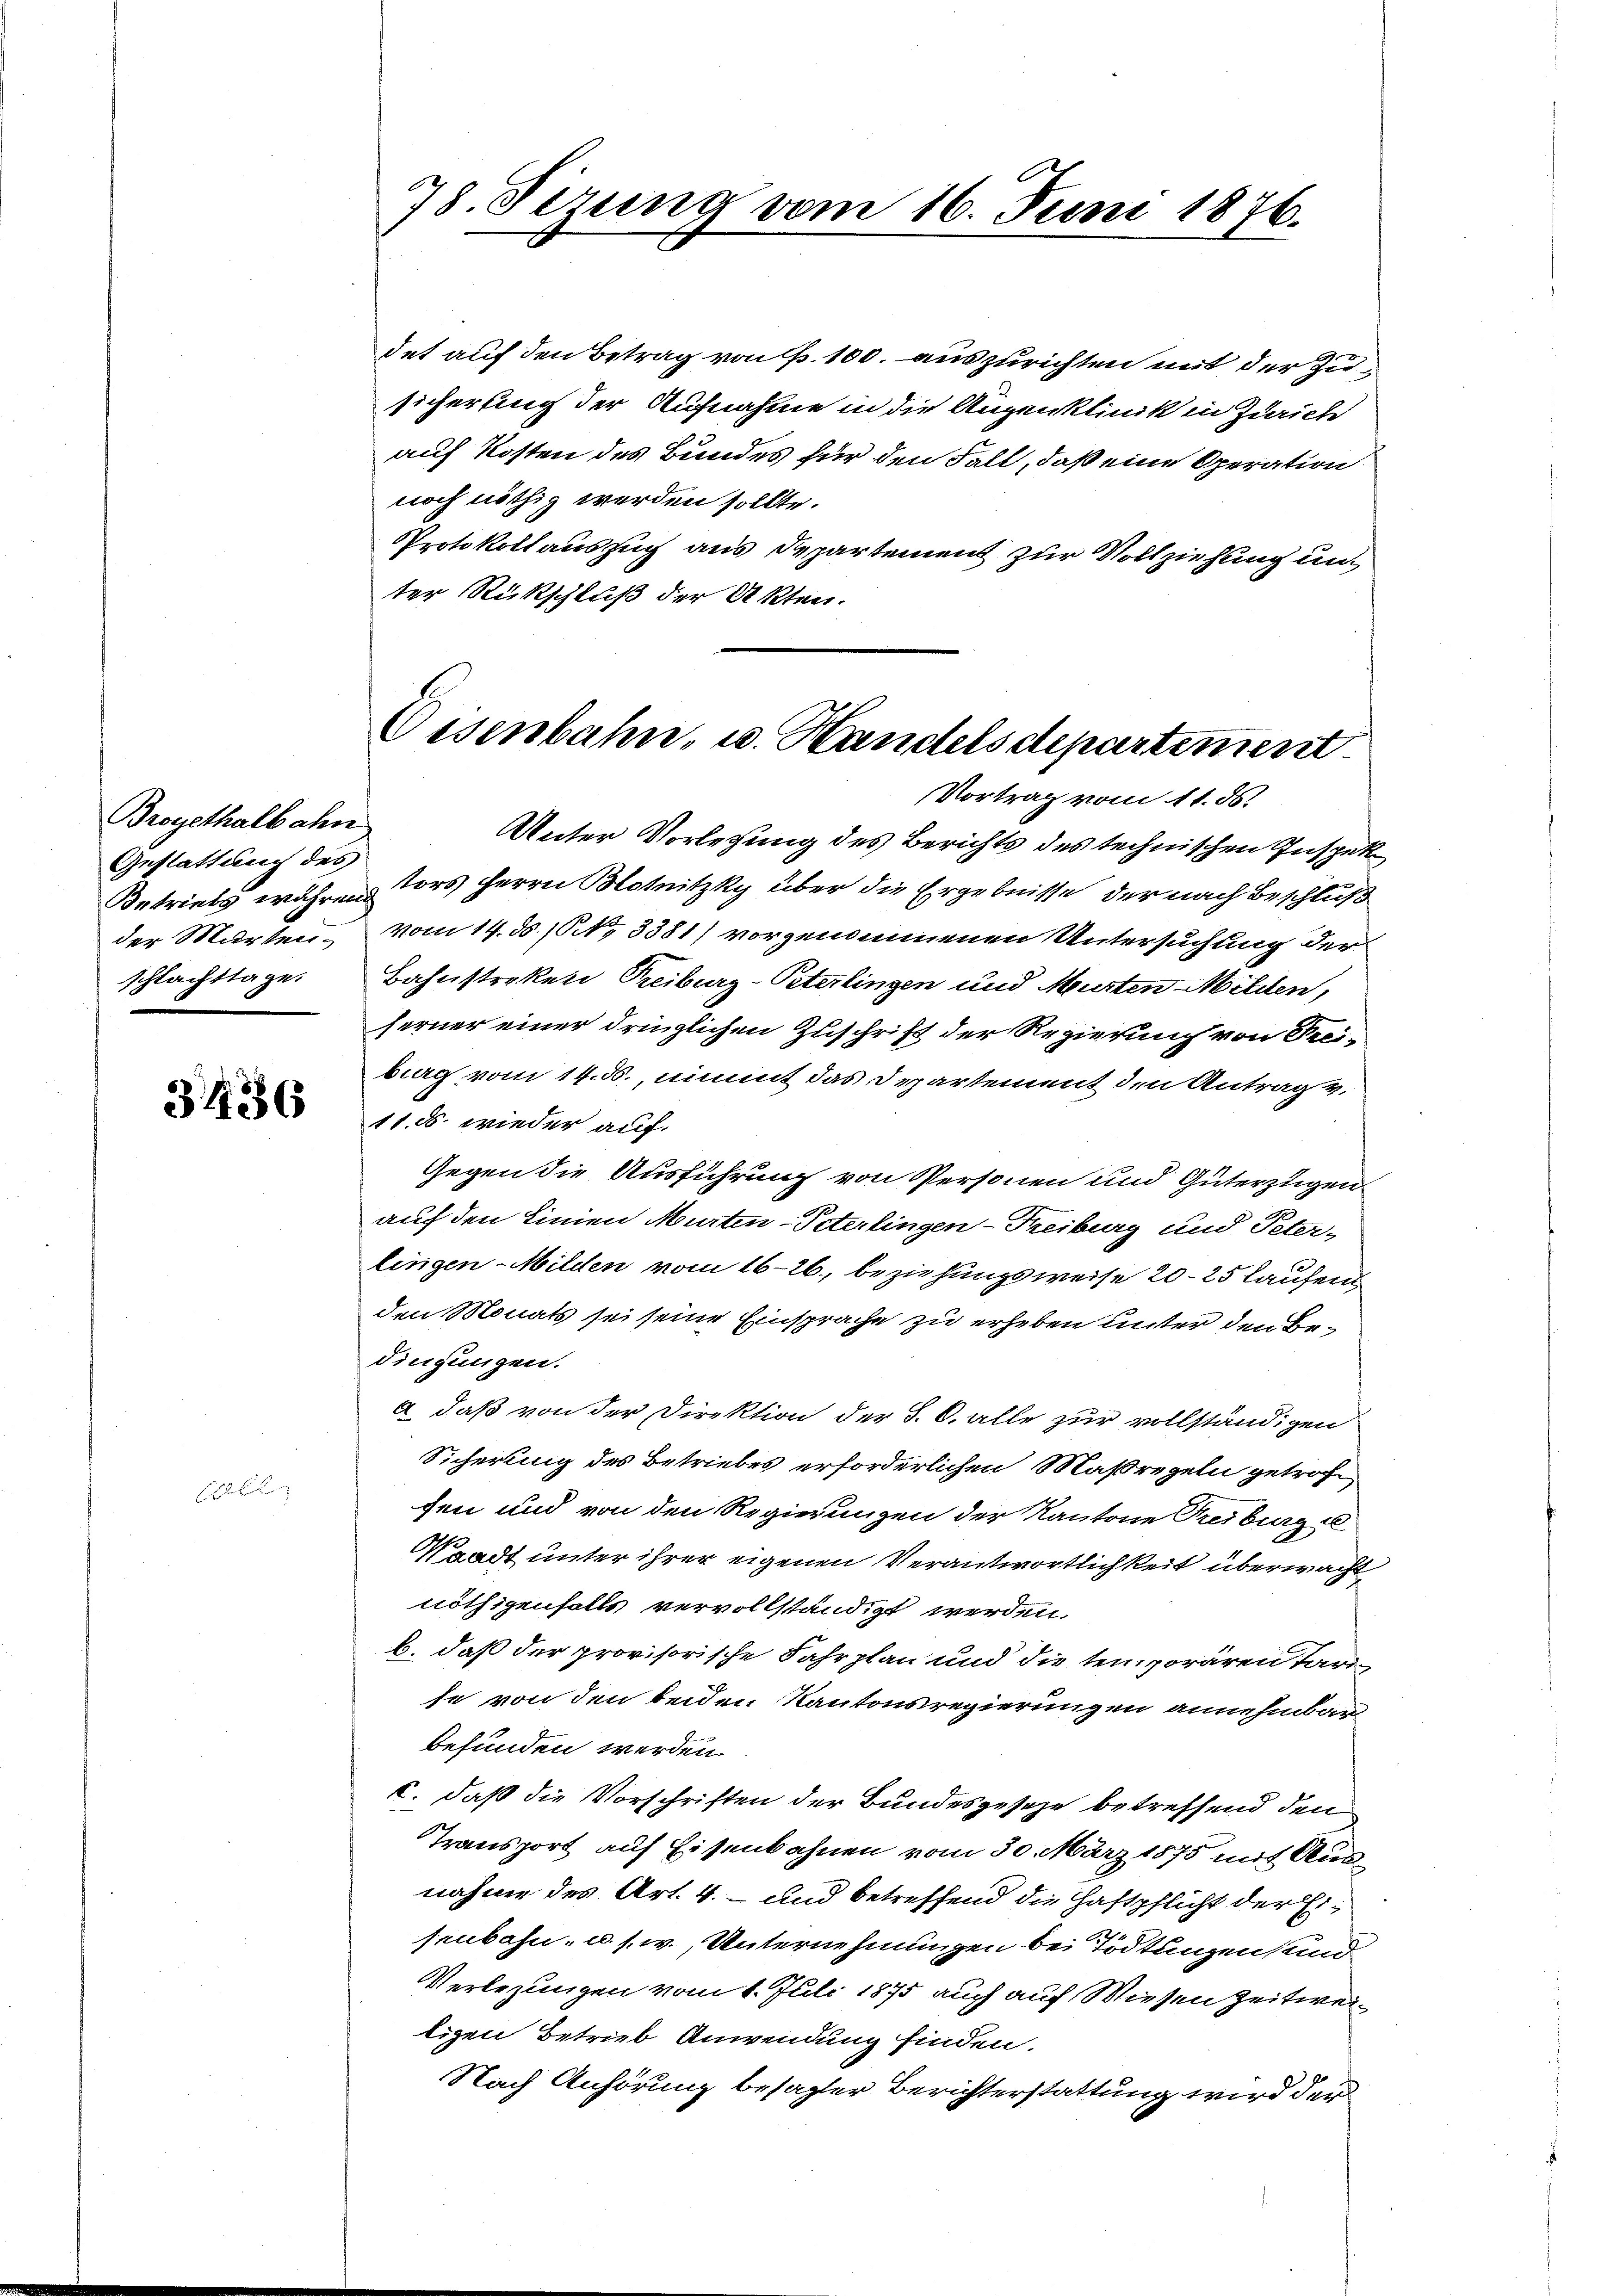
Broyethalbahn
Gestattung des
der Murten.
schlachttage.

3136

det auf den Betrag von P. 100. auszurichten mit der Zusicherung der Aufnahme in die Augenklinik in Zürich
auf Kosten des Bundes für den Fall, daß eine Operation
noch nöthig werden sollte.
Protokollaussuch aus Departement zur Vollziehung unter Rückschluß der Akten.

Unter Vorlesung des Berichts des technischen Inspek¬
Betriebs währen Vors, Herrn Blotnitzky über die Ergebnisse, der nach Beschluß
vom 14. ds. (NNNo 3381) vorgenommenen Untersuchung der
Bahnstreken Treiburg-Peterlingen und Murten Milden,
ferner einer dringlichen Zuschrift der Regierung von Freiberg vom 14. d., nimmt das Departement den Antrag v.
11. ds. wieder auf.
Gegen die Ausführung von Personen und Güterzügen
auf den Linien Murten-Peterlingen-Freiburg und Peter-
lingen Milden vom 16-26., beziehungsweise 20–25 laufen
den Monats sei seine Einsprache zu erheben unter den Bedingungen.
a. daß von der Direktion der S. 6. alle zur vollständigen
Sicherung des Betriebes erforderlichen Maßregeln getrof
sen und von den Regierungen der Kantone Freiburg u
Waadt unter ihrer eigenen Verantwortlichkeit überwacht
nöthigenfalls vervollständigt werden.
b. daß der provisorische Fahrplan und die temporären Tar
se von den beiden Kantonsregierungen annehmbar
befunden werden.
c. daß die Vorschriften der Bundesgesetze betreffend den
Transport auf Eisenbahnen vom 30. März 1875 mit Aus
nahme des Art. 4. – und betreffend die Haftpflicht der Eisenbahn, u. s. w., Unternehmungen bei Tödtungen und
Verlegungen vom 1. Juli 1875 auch auf Wiesen Zeitweiligen Betrieb Anwendung finden.
Nach Anhörung besagter Berichterstattung wird der

78. Sezung vom 16. Juni 1876.

Oisenbahn, u. Handelsdepartement.
Vortrag vom 11. ds.